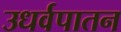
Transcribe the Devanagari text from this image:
उधर्वपातन